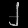
Digit: ၂